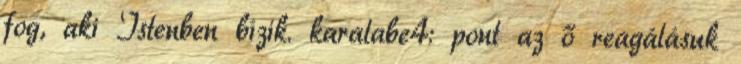
fog, aki Istenben bízik. karalabe4: pont az ő reagálásuk